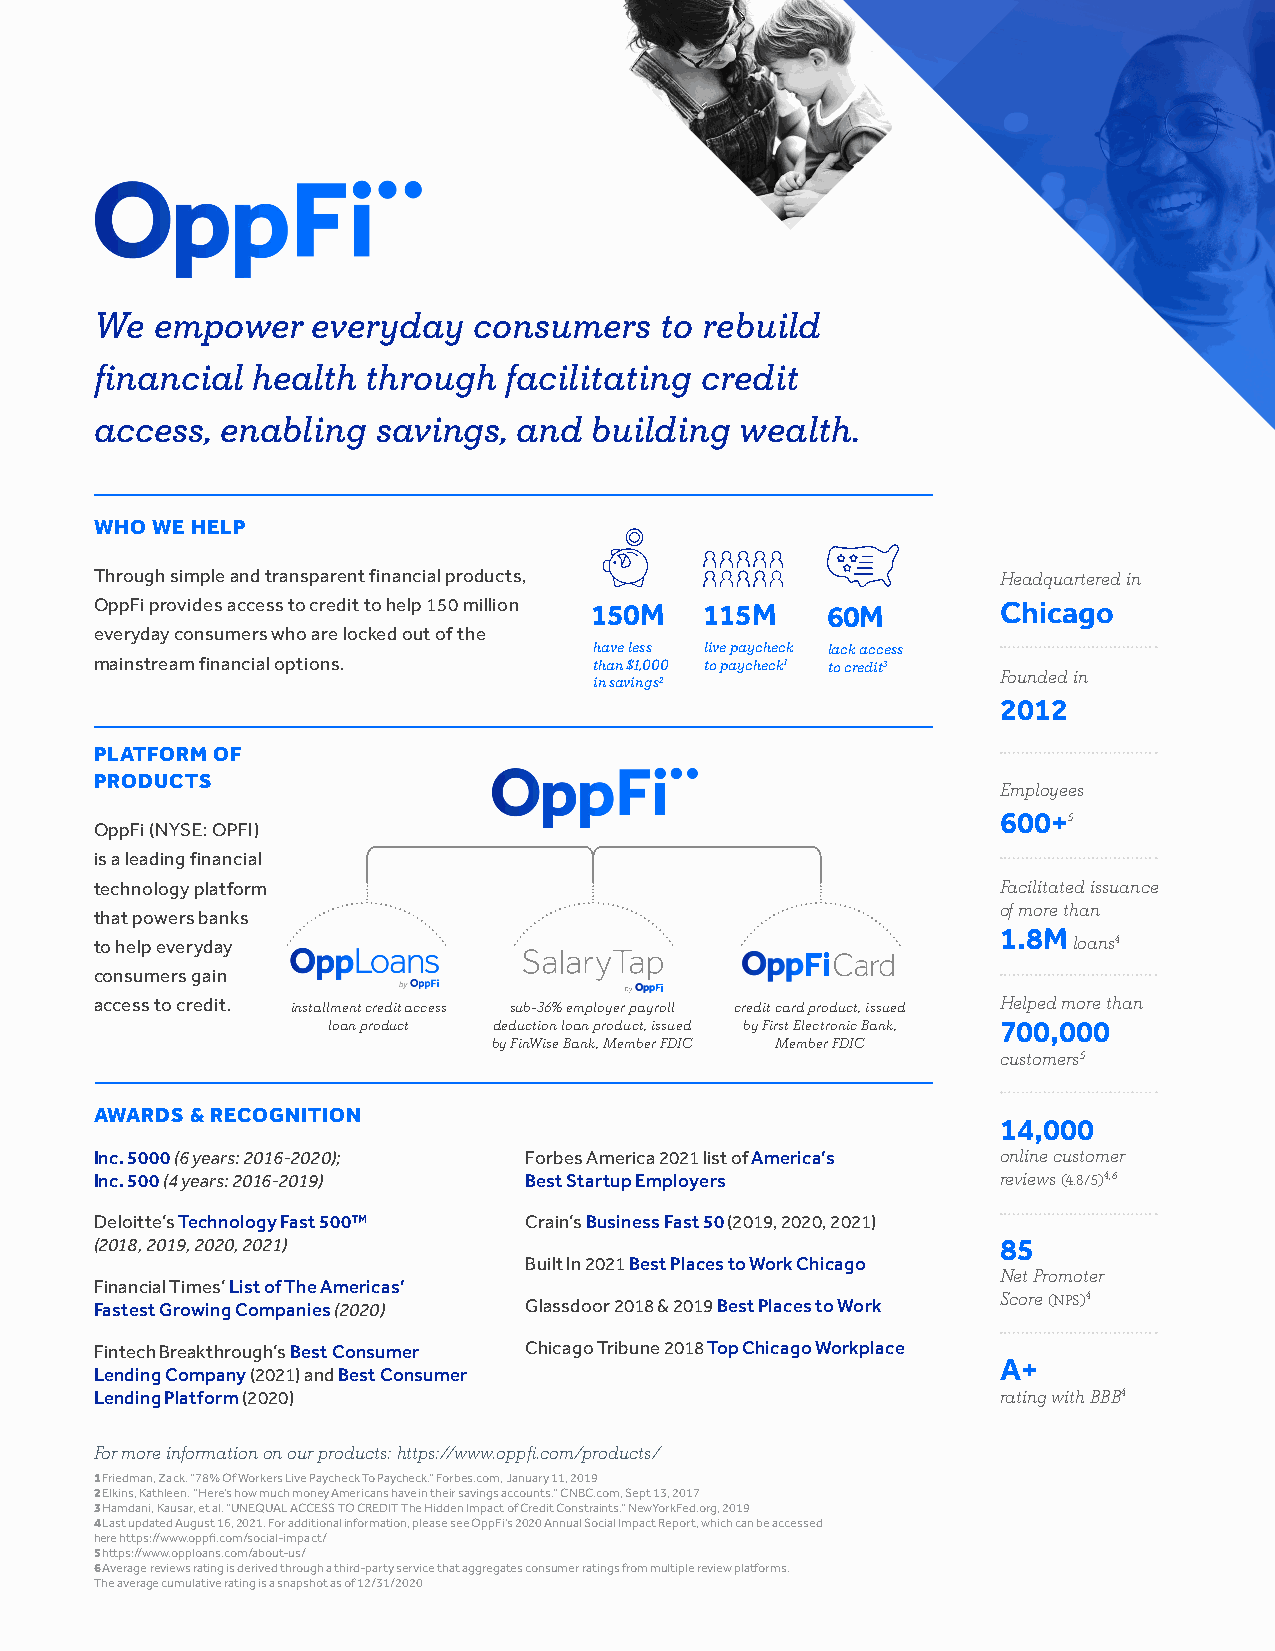
We  empower    everyday  consumers    to rebuild
 financial  health through  facilitating credit
 access,  enabling  savings, and  building  wealth.
 WHO WE HELP
 Through simple and transparent financial products,          Headquartered in
 OppFi provides access to credit to help 150 million
 150M    115M    60M        Chicago
 everyday consumers who are locked out of the have less live paycheck lack access
 mainstream financial options.    than $1,000 to paycheck1 to credit3 Founded in
 in savings2
 2012
 PLATFORM OF
 PRODUCTS                                                    Employees
 5
 600+
 OppFi (NYSE: OPFI)
 is a leading financial
 Facilitated issuance
 technology platform
 of more than
 that powers banks
 1.8M loans4
 to help everyday
 consumers gain
 Helped more than
 access to credit. installment credit access sub-36% employer payroll credit card product, issued
 loan product deduction loan product, issued by First Electronic Bank,
 by FinWise Bank, Member FDIC Member FDIC 700,000
 customers5
 AWARDS & RECOGNITION
 14,000
 online customer
 Inc. 5000 (6 years: 2016-2020); Forbes America 2021 list of America’s
 reviews (4.8/5)4,6
 Inc. 500 (4 years: 2016-2019) Best Startup Employers
 Deloitte’s Technology Fast 500™ Crain’s Business Fast 50 (2019, 2020, 2021)
 (2018, 2019, 2020, 2021)                                    85
 Built In 2021 Best Places to Work Chicago Net Promoter
 Financial Times’ List of The Americas’                      Score (NPS)4
 Fastest Growing Companies (2020) Glassdoor 2018 & 2019 Best Places to Work
 Fintech Breakthrough’s Best Consumer Chicago Tribune 2018 Top Chicago Workplace
 Lending Company (2021) and Best Consumer                    A+
 rating with BBB4
 Lending Platform (2020)
 For more information on our products: https://www.oppfi.com/products/
 1 Friedman, Zack. “78% Of Workers Live Paycheck To Paycheck.“ Forbes.com, January 11, 2019
 2 Elkins, Kathleen. “Here’s how much money Americans have in their savings accounts.” CNBC.com, Sept 13, 2017
 3 Hamdani, Kausar, et al. “UNEQUAL ACCESS TO CREDIT The Hidden Impact of Credit Constraints.” NewYorkFed.org, 2019
 4 Last updated August 16, 2021. For additional information, please see OppFi’s 2020 Annual Social Impact Report, which can be accessed
 here https://www.oppfi.com/social-impact/
 5 https://www.opploans.com/about-us/
 6 Average reviews rating is derived through a third-party service that aggregates consumer ratings from multiple review platforms.
 The average cumulative rating is a snapshot as of 12/31/2020